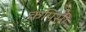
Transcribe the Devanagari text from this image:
कपिसी